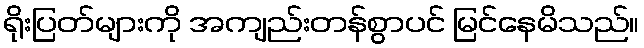
ရိုးပြတ်များကို အကျည်းတန်စွာပင် မြင်နေမိသည်။